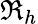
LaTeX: \Re_{h}